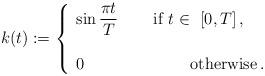
LaTeX: \begin{align*}k(t):=\left \{\begin{array}{l}\displaystyle\sin \frac{\pi t}{T}\,\qquad\mbox{if}\,\, t\in\ [0,T]\,,\\\\0\,\qquad\qquad\quad\ \ \ \ \mbox{otherwise}\,.\end{array}\right .\end{align*}